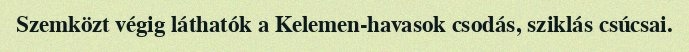
Szemközt végig láthatók a Kelemen-havasok csodás, sziklás csúcsai.